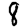
Digit: 8